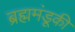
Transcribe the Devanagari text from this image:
ब्रह्ममंडूकी